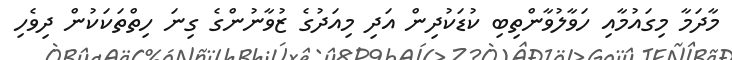
މާދަމާ މިގައުމާއި ހަވާލުވާންތިބި ކުޑަކުދިން އަދި މިއަދުގެ ޒުވާނުންގެ ގިނަ ހިތްތަކަކުން ދިވެހި